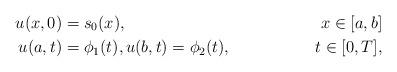
LaTeX: \begin{align*}u(x,0) &= s_0(x) , & x\in[a,b]\\u(a,t) &= \phi_1(t), u(b,t) = \phi_2(t), &t\in[0,T],\end{align*}